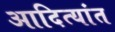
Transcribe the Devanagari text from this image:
आदित्यांत